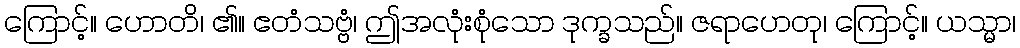
ကြောင့်။ ဟောတိ၊ ၏။ ဧတံသဗ္ဗံ၊ ဤအလုံးစုံသော ဒုက္ခသည်။ ဇရာဟေတု၊ ကြောင့်။ ယသ္မာ၊